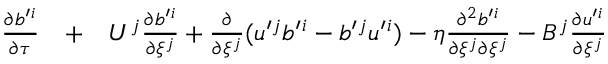
\begin{array} { r l r } { \frac { \partial b ^ { \prime } { } ^ { i } } { \partial \tau } } & { { } + } & { U ^ { j } \frac { \partial b ^ { \prime } { } ^ { i } } { \partial \xi ^ { j } } + \frac { \partial } { \partial \xi ^ { j } } ( u ^ { \prime } { } ^ { j } b ^ { \prime } { } ^ { i } - b ^ { \prime } { } ^ { j } u ^ { \prime } { } ^ { i } ) - \eta \frac { \partial ^ { 2 } b ^ { \prime } { } ^ { i } } { \partial \xi ^ { j } \partial \xi ^ { j } } - B ^ { j } \frac { \partial u ^ { \prime } { } ^ { i } } { \partial \xi ^ { j } } } \end{array}